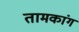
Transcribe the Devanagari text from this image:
तामकांग